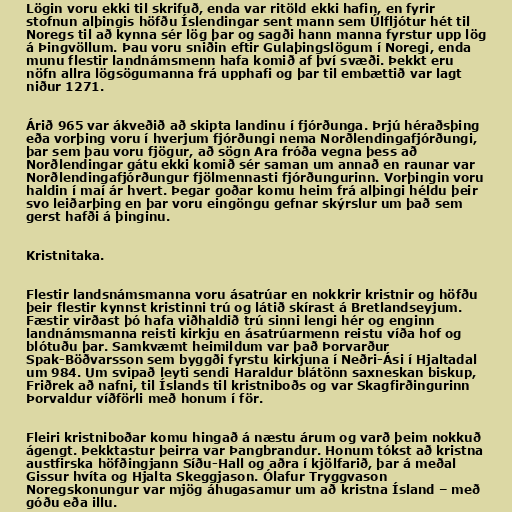
Lögin voru ekki til skrifuð, enda var ritöld ekki hafin, en fyrir
stofnun alþingis höfðu Íslendingar sent mann sem Úlfljótur hét til
Noregs til að kynna sér lög þar og sagði hann manna fyrstur upp lög
á Þingvöllum. Þau voru sniðin eftir Gulaþingslögum í Noregi, enda
munu flestir landnámsmenn hafa komið af því svæði. Þekkt eru
nöfn allra lögsögumanna frá upphafi og þar til embættið var lagt
niður 1271.

Árið 965 var ákveðið að skipta landinu í fjórðunga. Þrjú héraðsþing
eða vorþing voru í hverjum fjórðungi nema Norðlendingafjórðungi,
þar sem þau voru fjögur, að sögn Ara fróða vegna þess að
Norðlendingar gátu ekki komið sér saman um annað en raunar var
Norðlendingafjórðungur fjölmennasti fjórðungurinn. Vorþingin voru
haldin í maí ár hvert. Þegar goðar komu heim frá alþingi héldu þeir
svo leiðarþing en þar voru eingöngu gefnar skýrslur um það sem
gerst hafði á þinginu.

Kristnitaka.

Flestir landsnámsmanna voru ásatrúar en nokkrir kristnir og höfðu
þeir flestir kynnst kristinni trú og látið skírast á Bretlandseyjum.
Fæstir virðast þó hafa viðhaldið trú sinni lengi hér og enginn
landnámsmanna reisti kirkju en ásatrúarmenn reistu víða hof og
blótuðu þar. Samkvæmt heimildum var það Þorvarður
Spak-Böðvarsson sem byggði fyrstu kirkjuna í Neðri-Ási í Hjaltadal
um 984. Um svipað leyti sendi Haraldur blátönn saxneskan biskup,
Friðrek að nafni, til Íslands til kristniboðs og var Skagfirðingurinn
Þorvaldur víðförli með honum í för.

Fleiri kristniboðar komu hingað á næstu árum og varð þeim nokkuð
ágengt. Þekktastur þeirra var Þangbrandur. Honum tókst að kristna
austfirska höfðingjann Síðu-Hall og aðra í kjölfarið, þar á meðal
Gissur hvíta og Hjalta Skeggjason. Ólafur Tryggvason
Noregskonungur var mjög áhugasamur um að kristna Ísland – með
góðu eða illu.